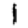
Digit: 1